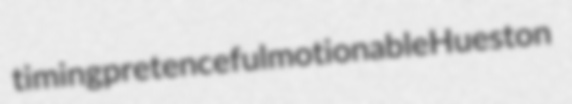
timing pretenceful motionable Hueston